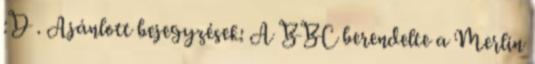
:D . Ajánlott bejegyzések: A BBC berendelte a Merlin